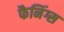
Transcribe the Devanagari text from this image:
फैनिंग्स